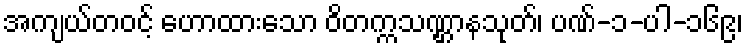
အကျယ်တဝင့် ဟောထားသော ဝိတက္ကသဏ္ဌာနသုတ်၊ ပဏ်-၁-ပါ-၁၆၉၊